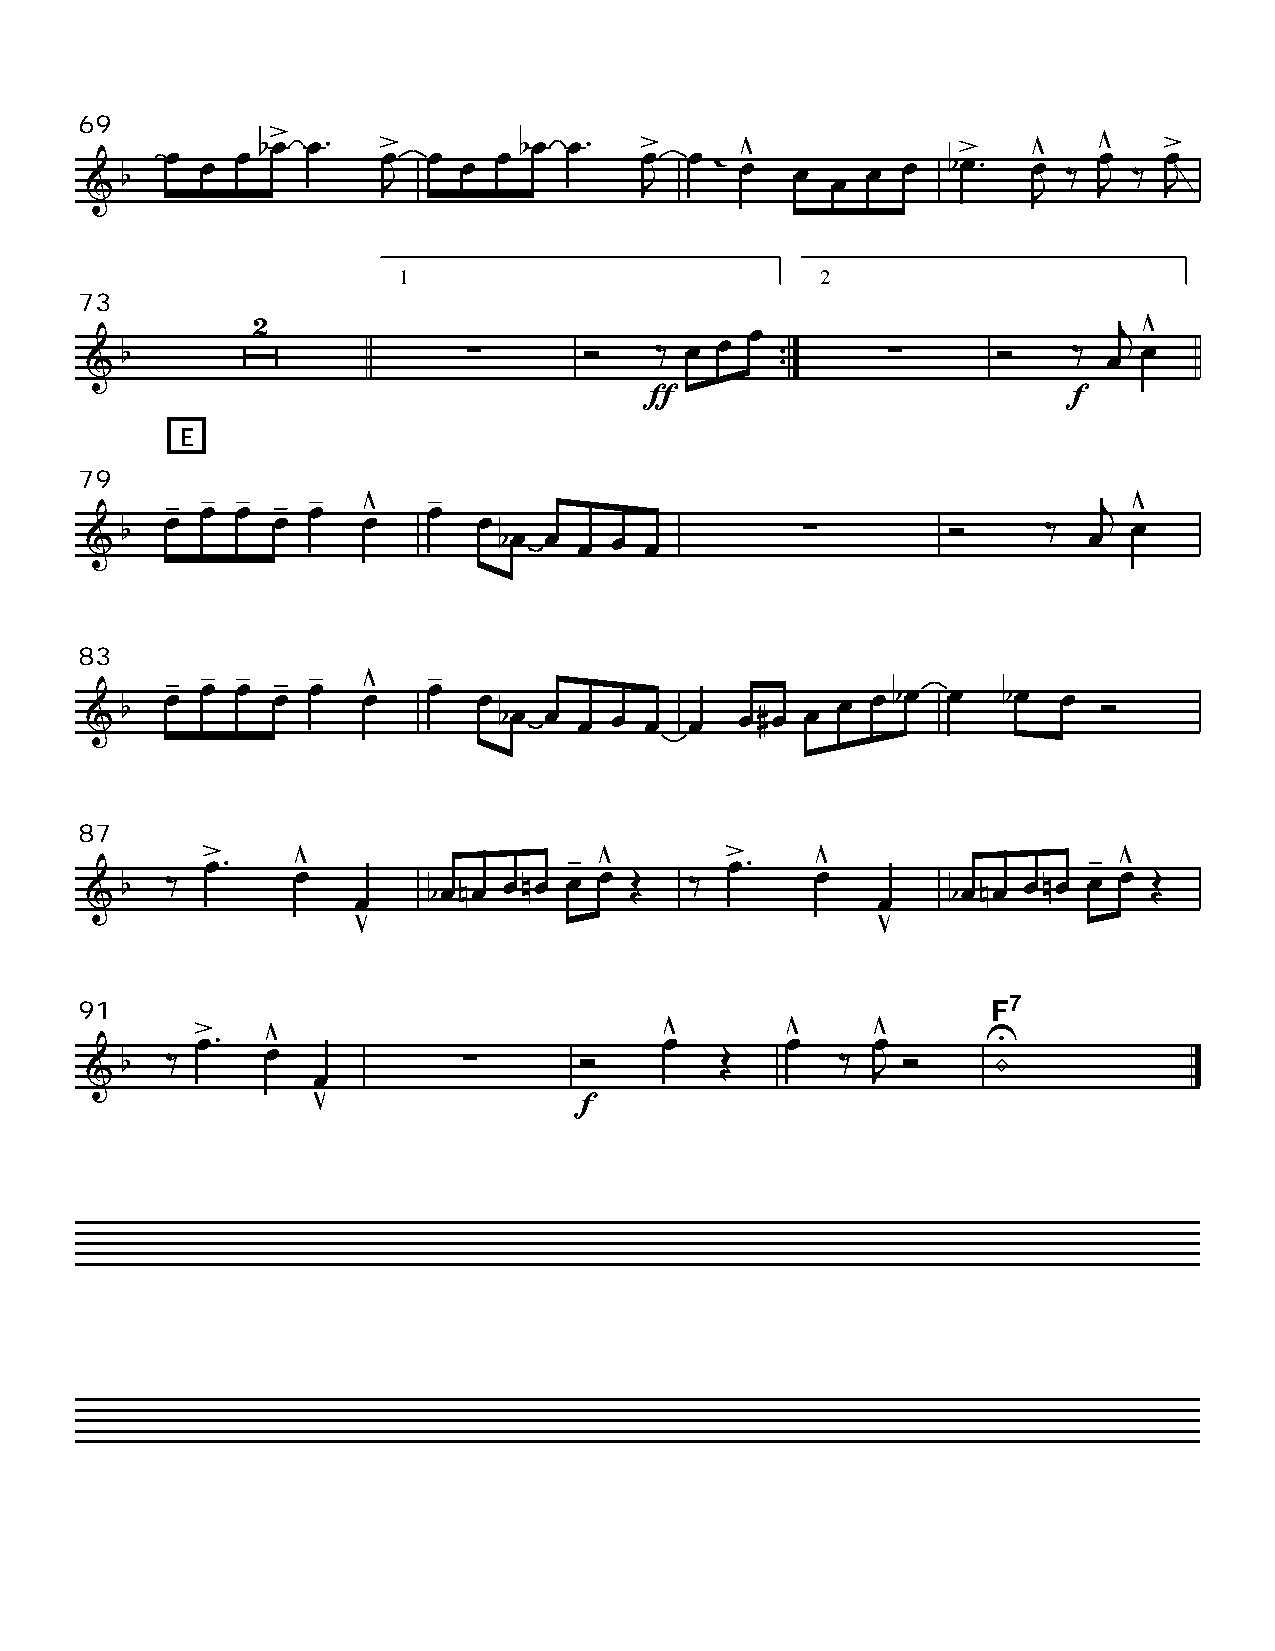
69
 11111                       22222
 73
 E
 79
 83
 87
 91
 F7
 Tpt 1                                 - 3 -